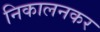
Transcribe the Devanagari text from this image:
निकालनकर